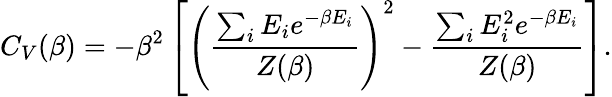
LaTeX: C_{V}(\beta)=-\beta^{2}\left[\left(\frac{\sum_{i}E_{i}e^{-\beta E_{i}}}{Z(\beta)}\right)^{2}-\frac{\sum_{i}E_{i}^{2}e^{-\beta E_{i}}}{Z(\beta)}\right].